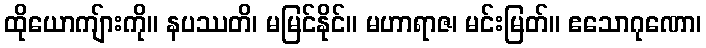
ထိုယောကျ်ားကို။ နပဿတိ၊ မမြင်နိုင်။ မဟာရာဇ၊ မင်းမြတ်။ ဧသောဂုဏော၊